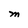
Character: M